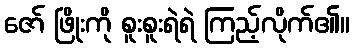
ဇော် ဖြိုးကို စူးစူးရဲရဲ ကြည့်လိုက်၏။